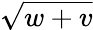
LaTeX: \sqrt{w+v}